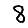
Digit: 8